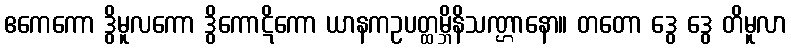
ဧကေကော ဒွိမူလကော ဒွိကောဋိကော ယာနကဥပတ္ထမ္ဘိနိသဏ္ဌာနော။ တတော ဒွေ ဒွေ တိမူလာ